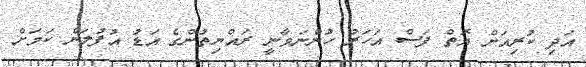
އަދި ކުރިއަށް އޮތް ފަސް އަހަރު ހުންނަވާނީ ރައްޔިތުންގެ އަޑު އުފުލަން ކަމަށް